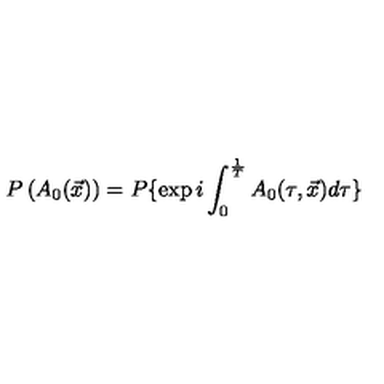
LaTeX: P \left( A _ { 0 } ( \vec { x } ) \right) = P \{ \exp { i \int _ { 0 } ^ { { \frac { 1 } { T } } } A _ { 0 } ( \tau , \vec { x } ) d \tau } \}